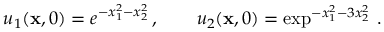
u _ { 1 } ( { \mathbf { x } } , 0 ) = e ^ { - x _ { 1 } ^ { 2 } - x _ { 2 } ^ { 2 } } \, , \qquad u _ { 2 } ( { \mathbf { x } } , 0 ) = \exp ^ { - x _ { 1 } ^ { 2 } - 3 x _ { 2 } ^ { 2 } } \, .